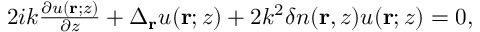
\begin{array} { r } { 2 i k \frac { \partial u ( \mathbf { r } ; z ) } { \partial z } + \Delta _ { \mathbf { r } } u ( \mathbf { r } ; z ) + 2 k ^ { 2 } \delta n ( \mathbf { r } , z ) u ( \mathbf { r } ; z ) = 0 , } \end{array}